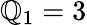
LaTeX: \mathbb{Q}_{1}=3